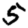
Digit: 5